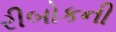
રીબોકની